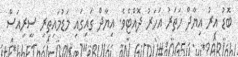
ބޮޑު އިރު އިޔާދް ހަތަރު އަހަރު ދޮއްޓެވެ. އިިިޔާދް ގައިގައި މަޑުމައިތިރި ސީރިއަސް